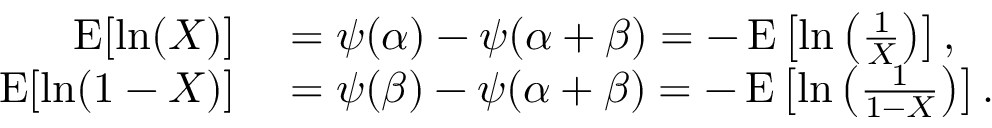
\begin{array} { r l } { \operatorname { E } [ \ln ( X ) ] } & { { } = \psi ( \alpha ) - \psi ( \alpha + \beta ) = - \operatorname { E } \left[ \ln \left( { \frac { 1 } { X } } \right) \right] , } \\ { \operatorname { E } [ \ln ( 1 - X ) ] } & { { } = \psi ( \beta ) - \psi ( \alpha + \beta ) = - \operatorname { E } \left[ \ln \left( { \frac { 1 } { 1 - X } } \right) \right] . } \end{array}